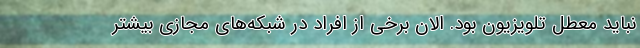
نباید معطل تلویزیون بود. الان برخی از افراد در شبکه‌های مجازی بیشتر